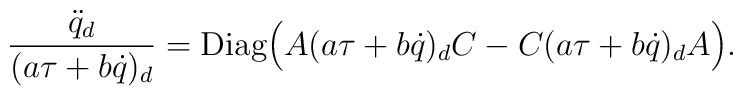
{{\ddot q}_d\over (a \tau+b \dot q)_d}={\rm Diag}\Big(    A (a \tau+b \dot q)_d C -C (a \tau+b \dot q)_d A\Big).